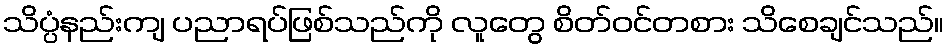
သိပ္ပံနည်းကျ ပညာရပ်ဖြစ်သည်ကို လူတွေ စိတ်ဝင်တစား သိစေချင်သည်။